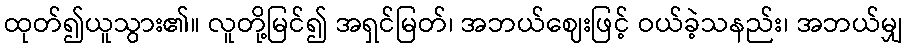
ထုတ်၍ယူသွား၏။ လူတို့မြင်၍ အရှင်မြတ်၊ အဘယ်ဈေးဖြင့် ဝယ်ခဲ့သနည်း၊ အဘယ်မျှ